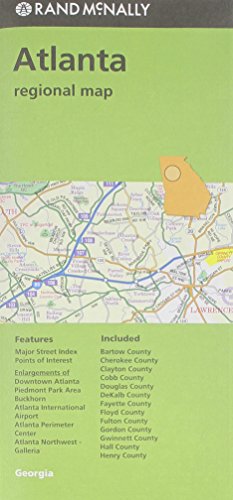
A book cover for Rand Mcnally Atlanta Regional Map; Travel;